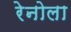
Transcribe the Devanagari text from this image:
रेनोला